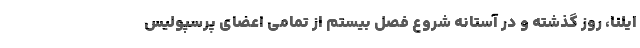
ایلنا، روز گذشته و در آستانه شروع فصل بیستم از تمامی اعضای پرسپولیس